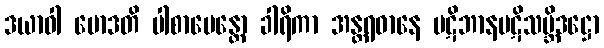
ဒယာဝါ မောဒတိ ပါစာပေန္တော ခါရိကာ အန္တရဓာနေ ပဋိဘာနပဋိသမ္ဘိဒဋ္ဌော